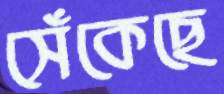
সেঁকেছে